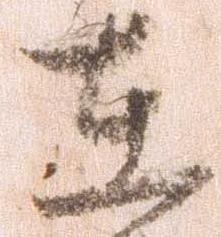
在